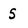
Character: S